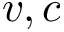
v , c